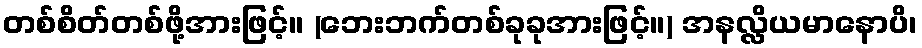
တစ်စိတ်တစ်ဖို့အားဖြင့်။ (ဘေးဘက်တစ်ခုခုအားဖြင့်။) အနလ္လိယမာနောပိ၊